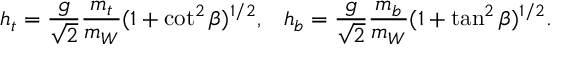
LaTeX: \begin{array} { c c } { { h _ { t } = { \displaystyle \frac { g } { \sqrt { 2 } } \frac { m _ { t } } { m _ { W } } } ( 1 + \cot ^ { 2 } \beta ) ^ { 1 / 2 } , } } & { { h _ { b } = { \displaystyle \frac { g } { \sqrt { 2 } } \frac { m _ { b } } { m _ { W } } } ( 1 + \tan ^ { 2 } \beta ) ^ { 1 / 2 } . } } \end{array}